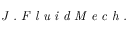
\textit { J . F l u i d M e c h . }